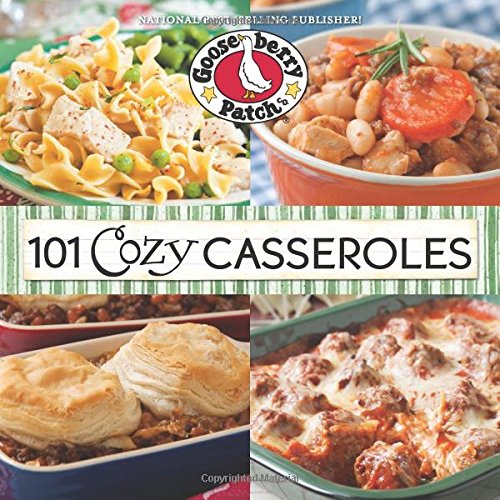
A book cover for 101 Cozy Casseroles (101 Cookbook Collection); Gooseberry Patch; Cookbooks, Food & Wine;